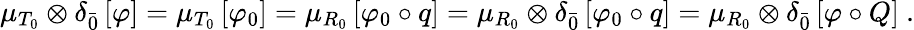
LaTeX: \mu_{T_{0}}\otimes\delta_{\bar{0}}\left[\varphi\right]=\mu_{T_{0}}\left[\varphi_{0}\right]=\mu_{R_{0}}\left[\varphi_{0}\circ q\right]=\mu_{R_{0}}\otimes\delta_{\bar{0}}\left[\varphi_{0}\circ q\right]=\mu_{R_{0}}\otimes\delta_{\bar{0}}\left[\varphi\circ Q\right]\ .